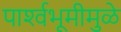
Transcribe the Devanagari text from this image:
पार्श्‍वभूमीमुळे